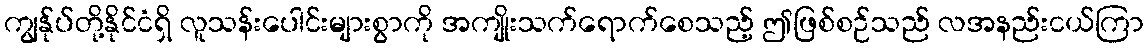
ကျွန်ုပ်တို့နိုင်ငံရှိ လူသန်းပေါင်းများစွာကို အကျိုးသက်ရောက်စေသည့် ဤဖြစ်စဉ်သည် လအနည်းငယ်ကြာ